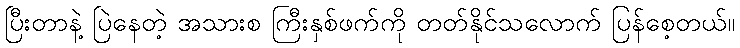
ပြီးတာနဲ့ ပြဲနေတဲ့ အသားစ ကြီးနှစ်ဖက်ကို တတ်နိုင်သလောက် ပြန်စေ့တယ်။